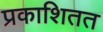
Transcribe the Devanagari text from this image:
प्रकाशितत